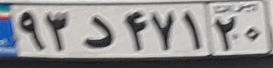
۹۳د۴۷۱۲۰